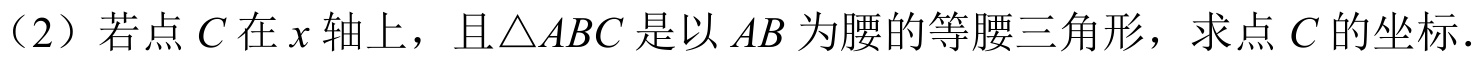
（2）若点 \(C\) 在 \(x\) 轴上，且\(\triangle ABC\) 是以 \(AB\) 为腰的等腰三角形，求点 \(C\) 的坐标．